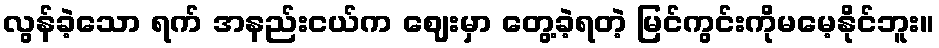
လွန်ခဲ့သော ရက် အနည်းငယ်က ဈေးမှာ တွေ့ခဲ့ရတဲ့ မြင်ကွင်းကိုမမေ့နိုင်ဘူး။